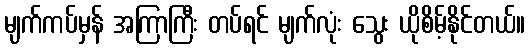
မျက်ကပ်မှန် အကြာကြီး တပ်ရင် မျက်လုံး သွေး ယိုစိမ့်နိုင်တယ်။